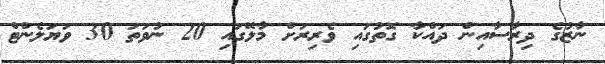
ނާޒުގެ ދިރާސާއިން ދައްކާ ގޮތުގައި ވެރިރަށް މާލޭގައި 20 ނުވަތަ 30 ވަޔަލެންޓް